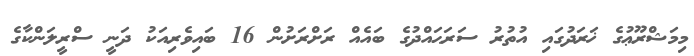
މިމަޝްރޫޢުގެ ޚަރަދުގައި އުތުރު ސަރަޙައްދުގެ ބައެއް ރަށްރަށުން 16 ބައިވެރިއަކު ދަނީ ސްރީލަންކާގެ